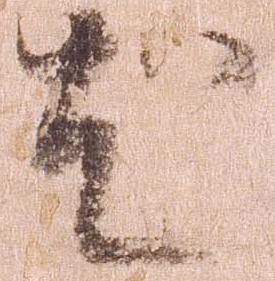
尤